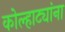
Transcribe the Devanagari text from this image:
कोल्हाट्यांना